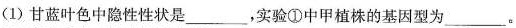
(1)甘蓝叶色中隐性性状是___，实验①中甲植株的基因型为___